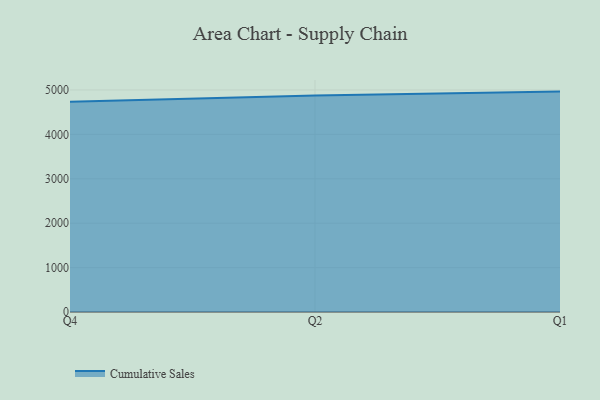
{"axis": {"x": "Quarter", "y": "Gross Profit (USD K)"}, "legend": ["Cumulative Sales"], "data": [{"x": "Q4", "y": 4735.2, "type": "Cumulative Sales"}, {"x": "Q2", "y": 4874.4, "type": "Cumulative Sales"}, {"x": "Q1", "y": 4963.8, "type": "Cumulative Sales"}]}